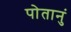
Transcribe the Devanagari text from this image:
पोतानुं